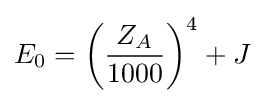
E_{0}=\left({\frac {Z_{A}}{1000}}\right)^{4}+J